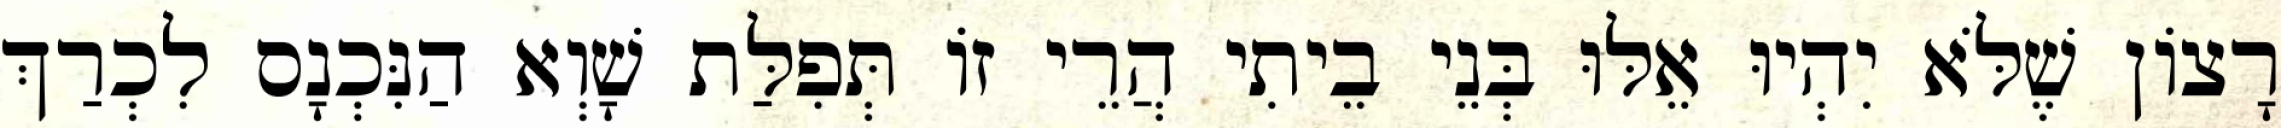
רָצוֹן שֶׁלֹּא יִהְיוּ אֵלּוּ בְּנֵי בֵיתִי הֲרֵי זוֹ תְּפִלַּת שָׁוְא הַנִּכְנָס לִכְרַךְ